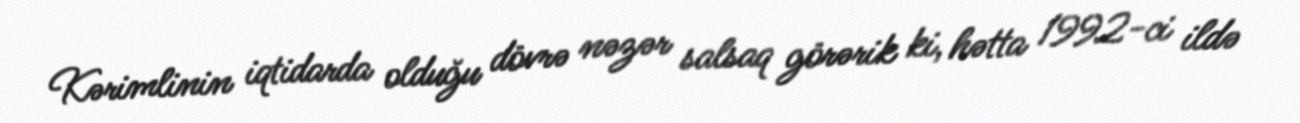
Kərimlinin iqtidarda olduğu dövrə nəzər salsaq görərik ki, hətta 1992-ci ildə